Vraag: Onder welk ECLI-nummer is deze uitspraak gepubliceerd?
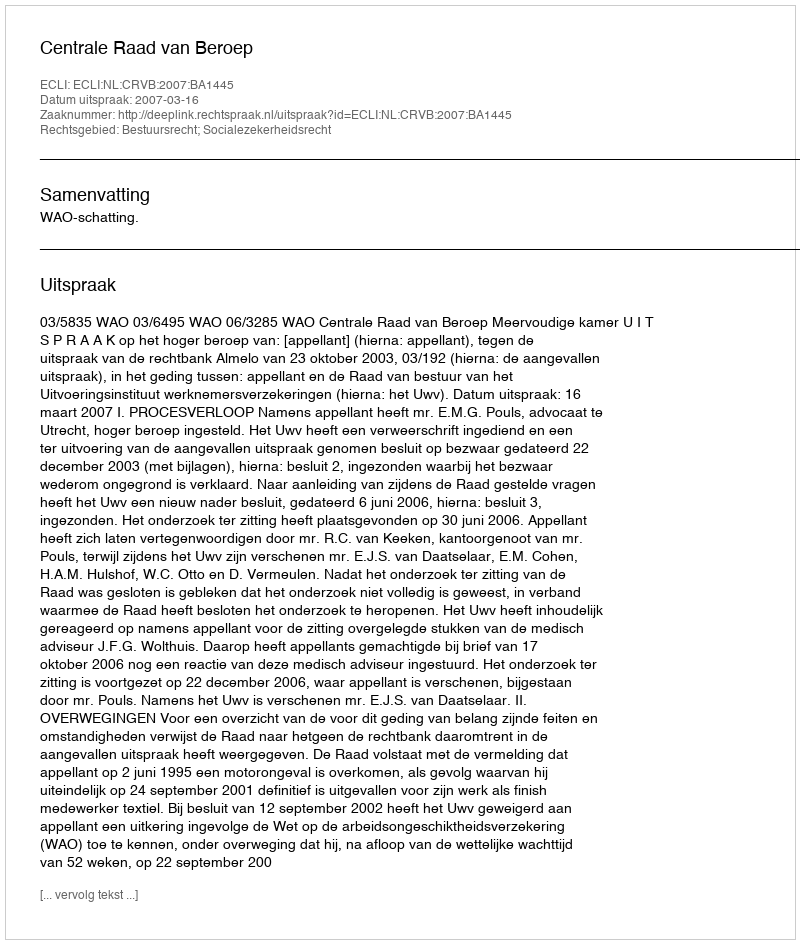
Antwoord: ECLI:NL:CRVB:2007:BA1445